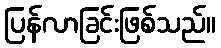
ပြန်လာခြင်းဖြစ်သည်။